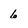
Character: 6